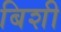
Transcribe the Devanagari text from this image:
बिशी